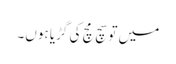
میں تو سچ مچ کی گڑیا ہوں۔